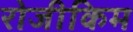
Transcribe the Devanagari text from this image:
रोजीकिम